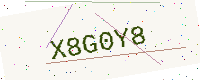
Text: X8G0Y8